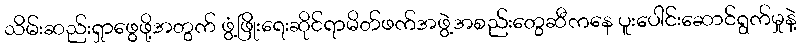
သိမ်းဆည်းရှာဖွေဖို့အတွက် ဖွံ့ဖြိုးရေးဆိုင်ရာမိတ်ဖက်အဖွဲ့အစည်းတွေဆီကနေ ပူးပေါင်းဆောင်ရွက်မှုနဲ့